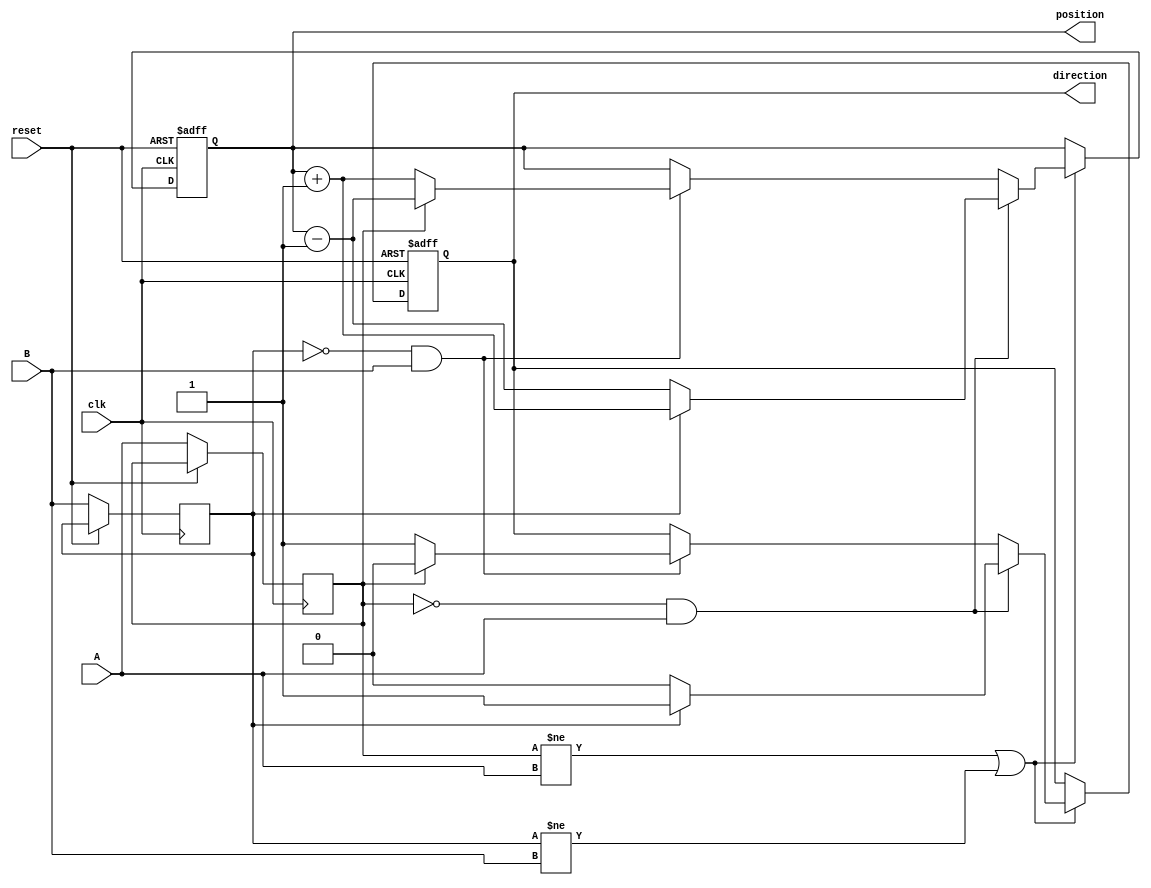
module rotary_encoder (
    input wire clk,          // Clock signal for synchronous operation
    input wire reset,        // Reset signal to set position to zero
    input wire A,           // Signal A from the rotary encoder
    input wire B,           // Signal B from the rotary encoder
    output reg [15:0] position = 16'b0, // Position counter (16-bit)
    output reg direction     // Direction signal (1: clockwise, 0: counterclockwise)
);

    reg A_prev, B_prev;     // Previous states of A and B

    // Debounce logic can be added here if necessary

    always @(posedge clk or posedge reset) begin
        if (reset) begin
            position <= 16'b0; // Reset position to zero
            direction <= 1'b0;  // Default direction
        end else begin
            // Capture the previous states
            A_prev <= A;
            B_prev <= B;

            // Detect changes in A and B
            if (A_prev != A || B_prev != B) begin
                // Determine direction based on the state changes
                if (A_prev == 1'b0 && A == 1'b1) begin // A rising edge
                    if (B_prev == 1'b1) begin
                        position <= position + 1; // Clockwise
                        direction <= 1'b1; // Clockwise
                    end else begin
                        position <= position - 1; // Counterclockwise
                        direction <= 1'b0; // Counterclockwise
                    end
                end else if (B_prev == 1'b0 && B == 1'b1) begin // B rising edge
                    if (A_prev == 1'b0) begin
                        position <= position + 1; // Clockwise
                        direction <= 1'b1; // Clockwise
                    end else begin
                        position <= position - 1; // Counterclockwise
                        direction <= 1'b0; // Counterclockwise
                    end
                end
            end
        end
    end
endmodule